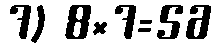
7) 8×7=56